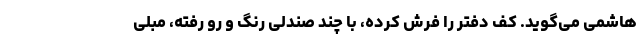
هاشمی می‌گوید. کف دفتر را فرش کرده، با چند صندلی رنگ و رو رفته، مبلی